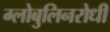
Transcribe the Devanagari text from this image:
ग्लोबुलिनरोधी